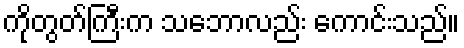
ကိုတွတ်ကြီးက သဘောလည်း ကောင်းသည်။